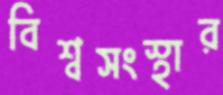
বিশ্বসংস্থার